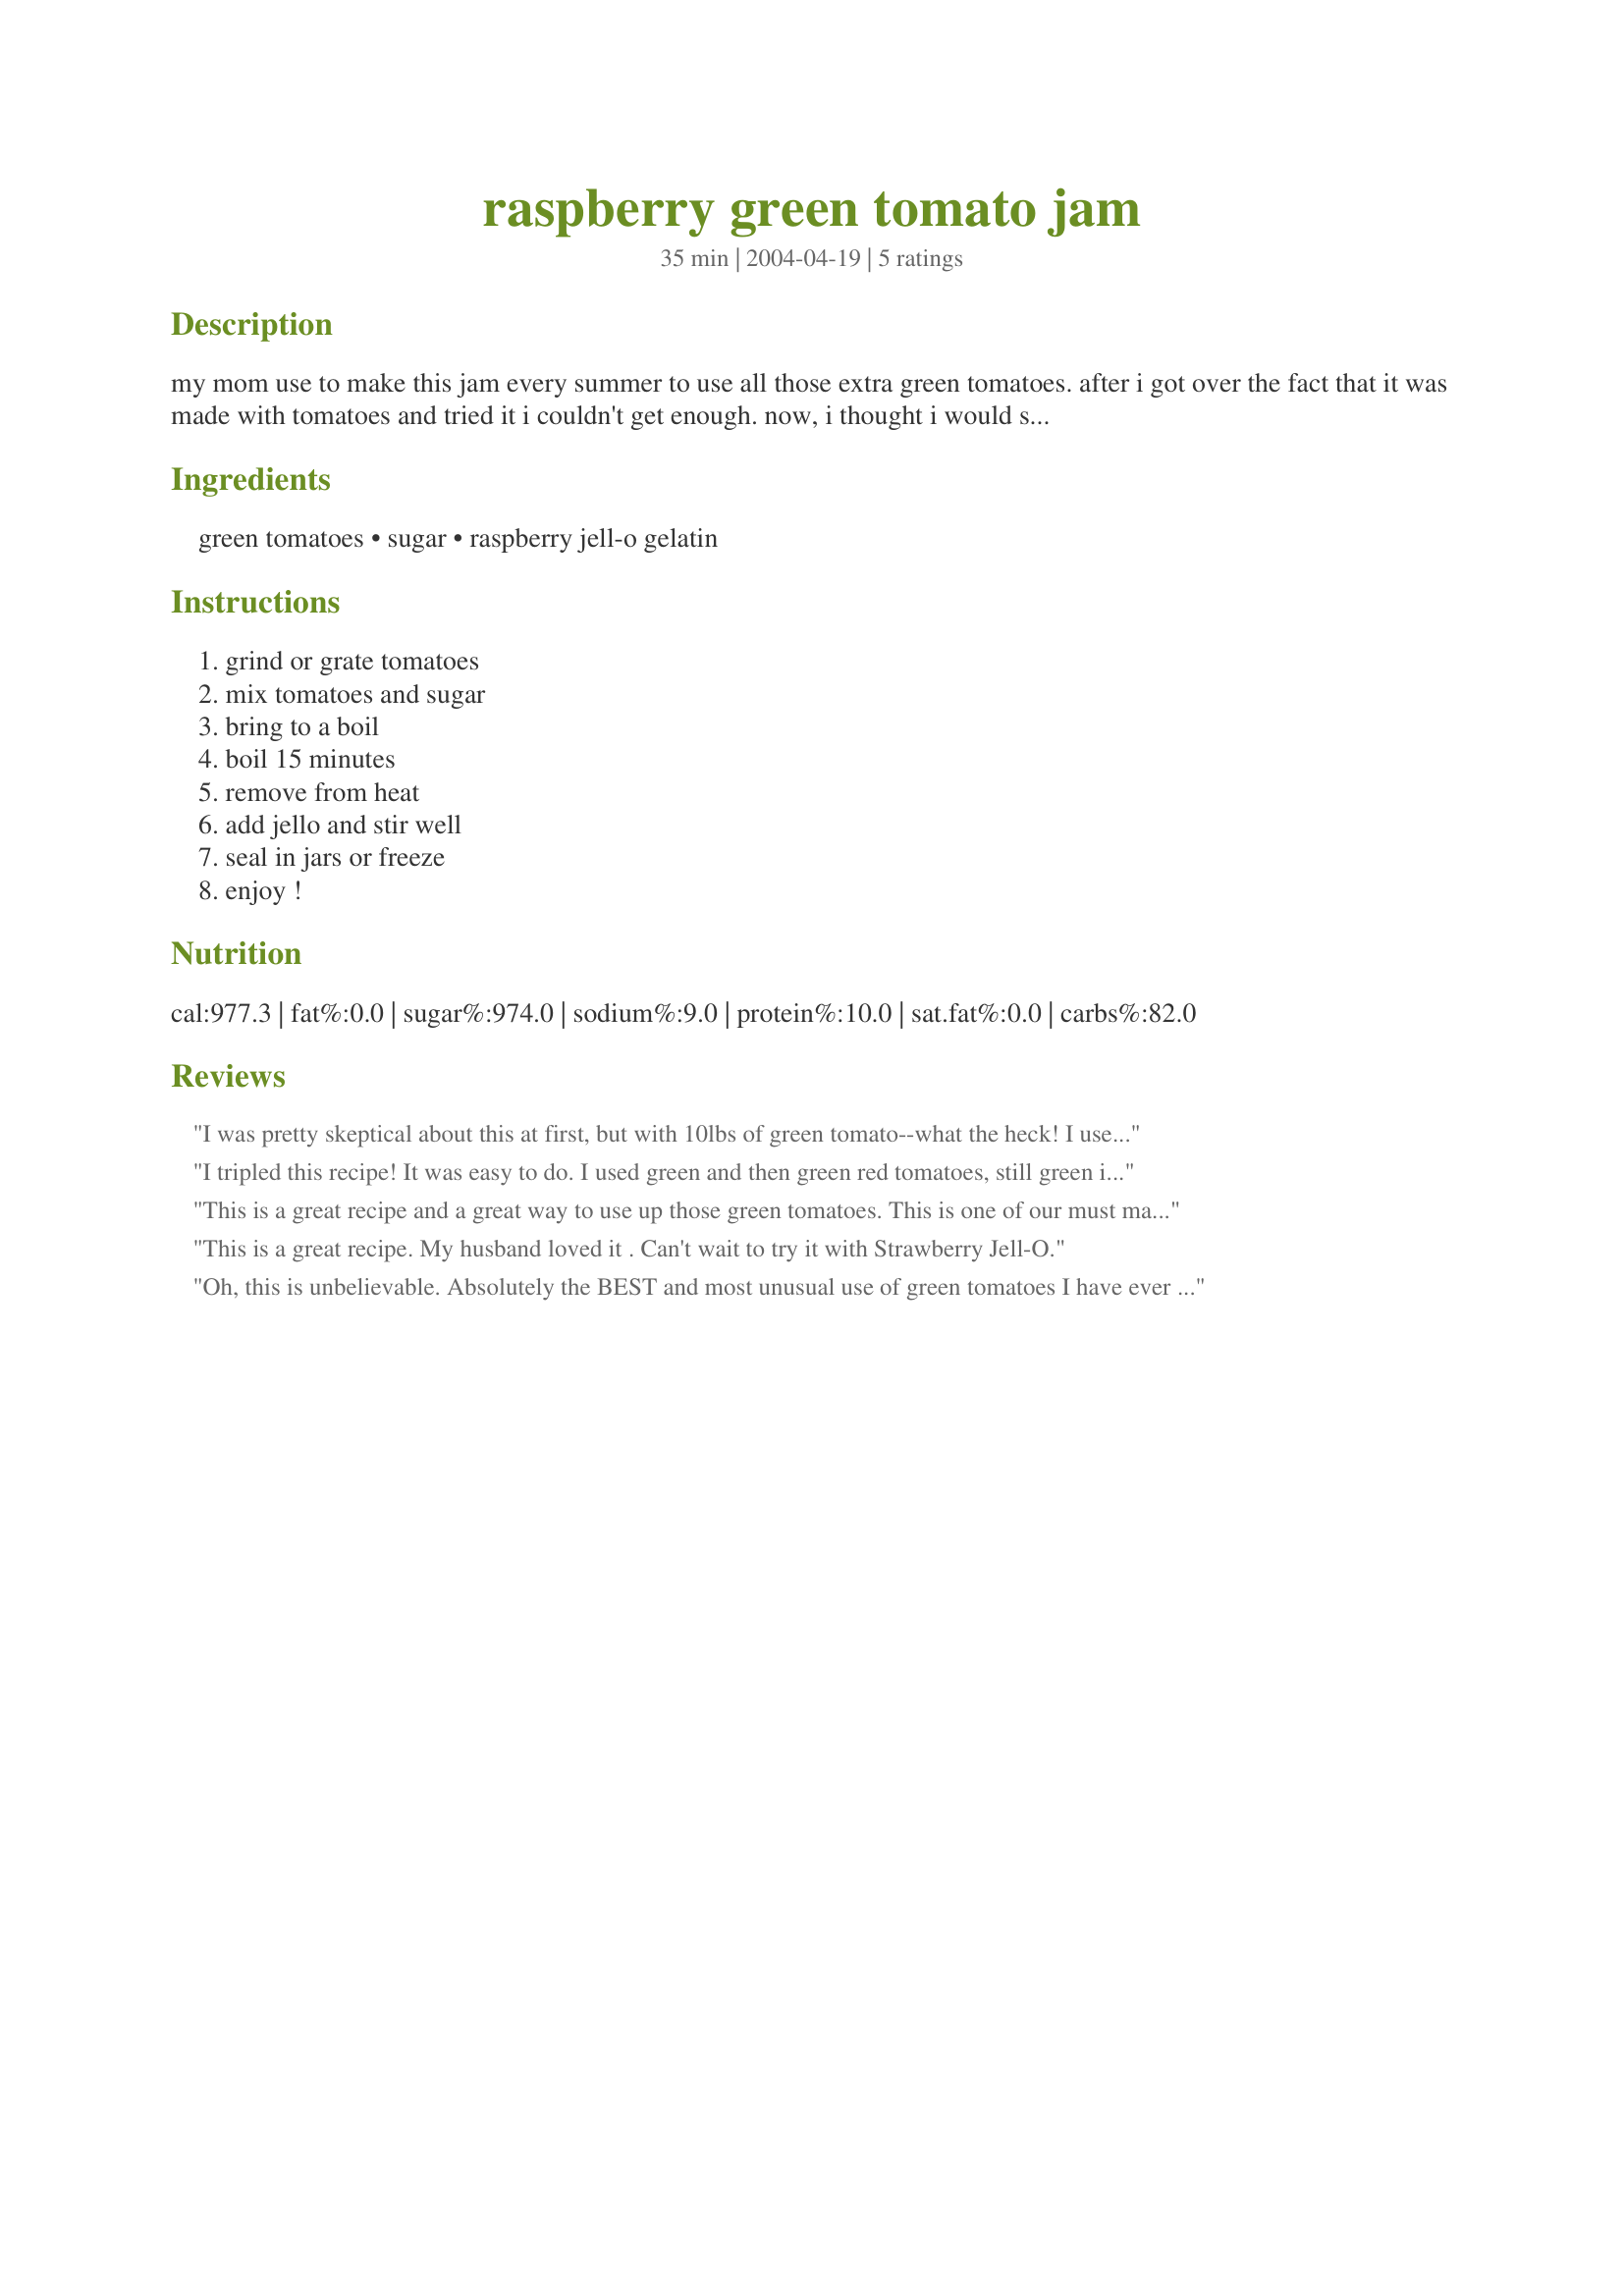
raspberry green tomato jam
Preparation time: 35 minutes

my mom use to make this jam every summer to use all those extra green tomatoes. after i got over the fact that it was made with tomatoes and tried it i couldn't get enough. now, i thought i would share it with you. enjoy!

Ingredients:
green tomatoes, sugar, raspberry jell-o gelatin

Steps:
grind or grate tomatoes, mix tomatoes and sugar, bring to a boil, boil 15 minutes, remove from heat, add jello and stir well, seal in jars or freeze, enjoy !

Reviews:
I was pretty skeptical about this at first, but with 10lbs of green tomato--what the heck! I used sugar-free strawberry jello and it turned out GREAT! It looks AND tastes just like strawberry jam. Will definately keep this recipe!
I tripled this recipe! It was easy to do. I used green and then green red tomatoes, still green inside. I also used strawberry jello. When I tripled I used just four cups of sugar, it was sweet enough and two cups more water.I chopped the tomatoes into 8ths and then threw them into the blender on pulse a few times. It was the easiest jam I have made in a long time and great taste. Thanks for posting!
This is a great recipe and a great way to use up those green tomatoes. This is one of our must makes every year, and the kids love it!
This is a great recipe. My husband loved it . Can't wait to try it with Strawberry Jell-O.
Oh, this is unbelievable. Absolutely the BEST and most unusual use of green tomatoes I have ever tried! And so simple and quick to make! I followed the recipe exactly, and it came out perfect. This is a fantastic use of what would otherwise have been turned into compost. I used green cherry and pear shaped miniature tomatoes and grated on the coarse grating disk of my Cuisinart. The first batch made 1-1/2 half pints. I'm going to make up a bunch more, and try different flavors, put in 1/4 pint small jars and add to my Christmas baskets. Great with cream cheese and crackers! I recommend keeping these in the frig or freeezer for long storage, if you are not planning to process in a water bath. Thanks for a keeper, Tracy!
